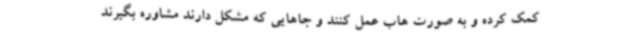
کمک کرده و به صورت هاب عمل کنند و جاهایی که مشکل دارند مشاوره بگیرند